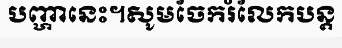
បញ្ហានេះ។សូមចែករំលែកបន្ត